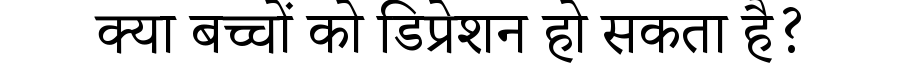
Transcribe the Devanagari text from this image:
क्या बच्चों को डिप्रेशन हो सकता है?